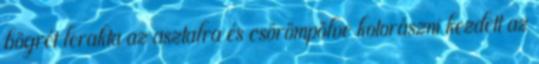
bögrét lerakta az asztalra és csörömpölve kotorászni kezdett az